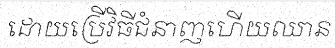
ដោយប្រើវិធីជំនាញហើយឈាន